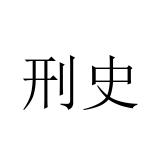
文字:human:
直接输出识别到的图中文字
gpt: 刑史